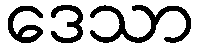
ဒေသာ